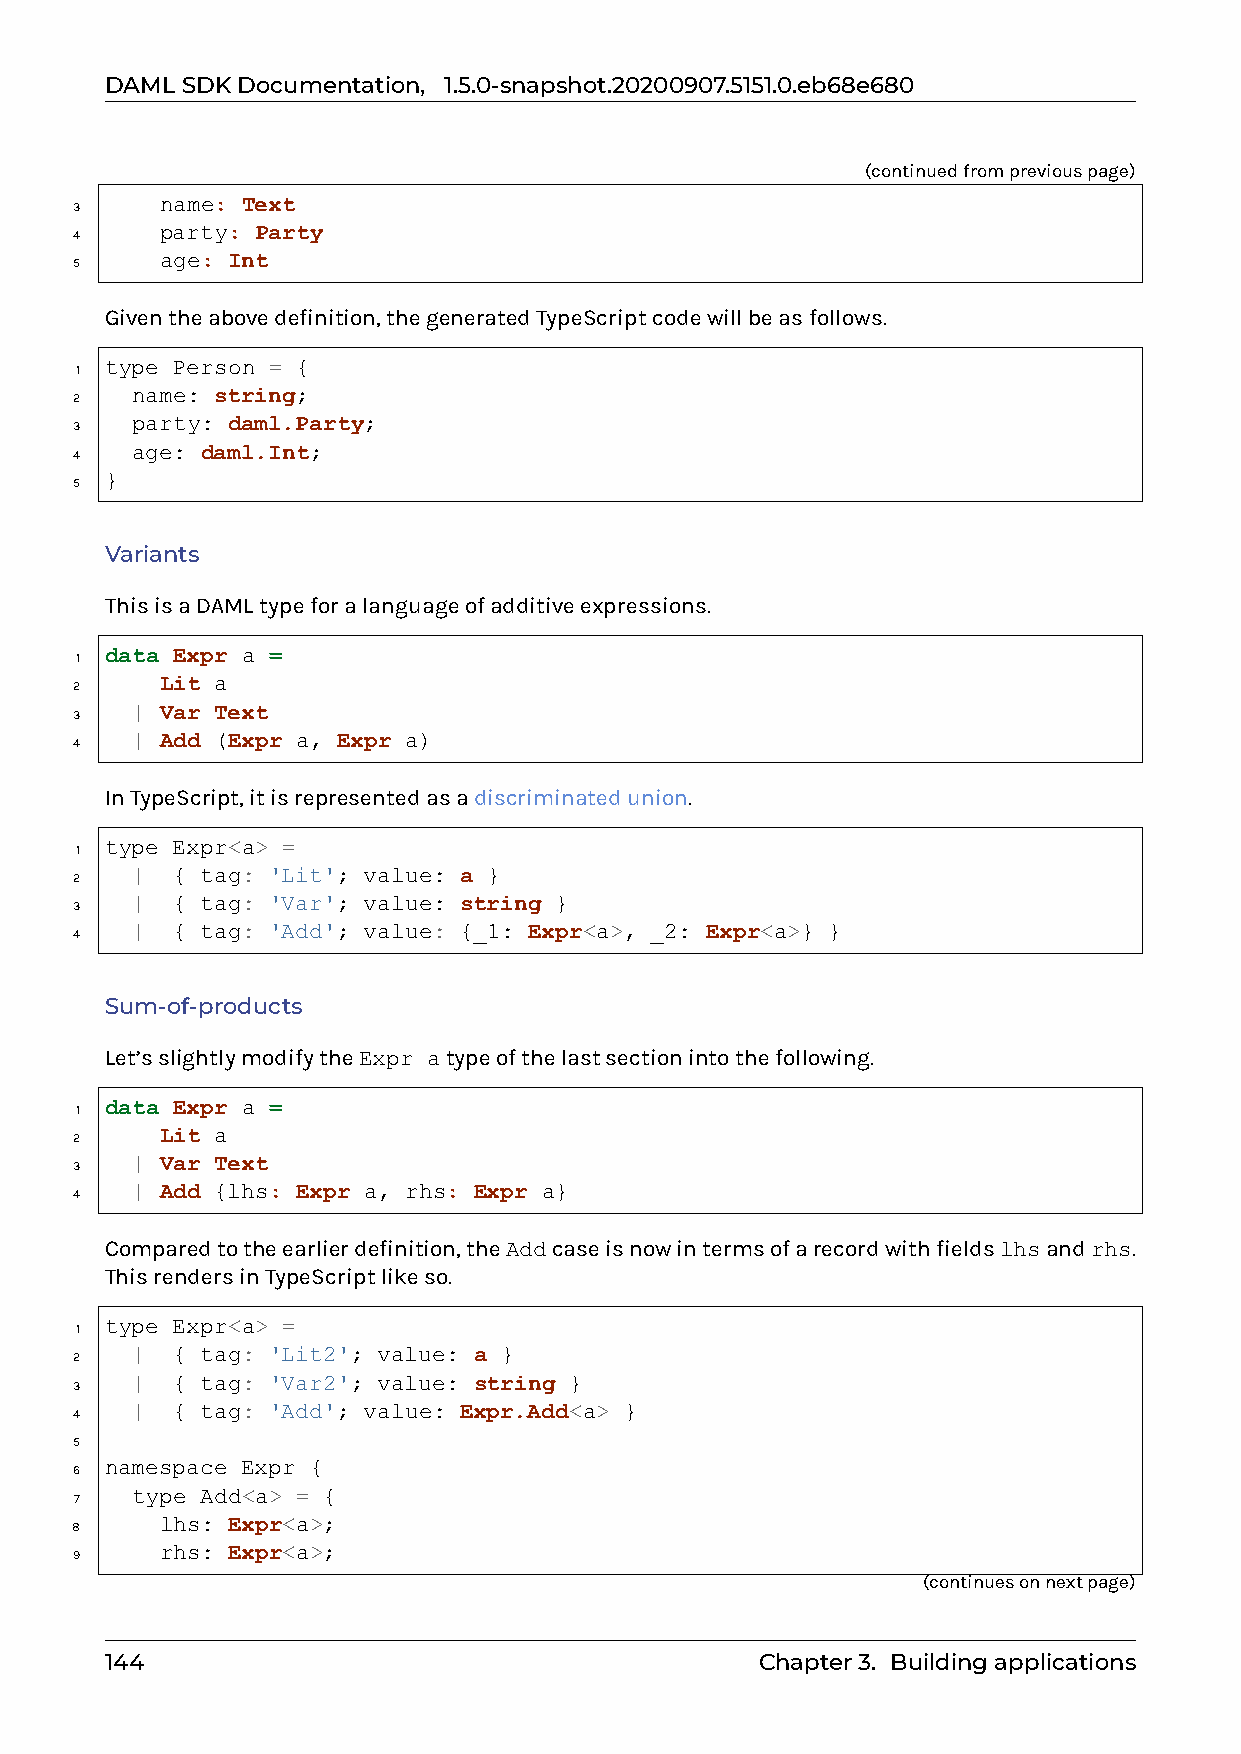
DAMLSDKDocumentation, 1.5.0-snapshot.20200907.5151.0.eb68e680
 (continuedfrompreviouspage)
 name: Text
 3
 party: Party
 4
 age: Int
 5
 Giventheabovedefinition,thegeneratedTypeScriptcodewillbeasfollows.
 type Person = {
 1
 name: string;
 2
 party: daml.Party;
 3
 age: daml.Int;
 4
 }
 5
 Variants
 ThisisaDAMLtypeforalanguageofadditiveexpressions.
 data Expr a =
 1
 Lit a
 2
 | Var Text
 3
 | Add (Expr a, Expr a)
 4
 InTypeScript,itisrepresentedasadiscriminatedunion.
 type Expr<a> =
 1
 | { tag: 'Lit'; value: a }
 2
 | { tag: 'Var'; value: string }
 3
 | { tag: 'Add'; value: {_1: Expr<a>, _2: Expr<a>} }
 4
 Sum-of-products
 Let’sslightlymodifytheExpr atypeofthelastsectionintothefollowing.
 data Expr a =
 1
 Lit a
 2
 | Var Text
 3
 | Add {lhs: Expr a, rhs: Expr a}
 4
 Comparedtotheearlierdefinition,theAddcaseisnowintermsofarecordwithfieldslhsandrhs.
 ThisrendersinTypeScriptlikeso.
 type Expr<a> =
 1
 | { tag: 'Lit2'; value: a }
 2
 | { tag: 'Var2'; value: string }
 3
 | { tag: 'Add'; value: Expr.Add<a> }
 4
 5
 namespace Expr {
 6
 type Add<a> = {
 7
 lhs: Expr<a>;
 8
 rhs: Expr<a>;
 9
 (continuesonnextpage)
 144                                        Chapter3. Buildingapplications